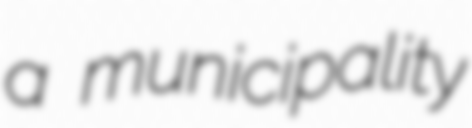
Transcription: a municipality